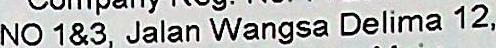
NO 1&3, JALAN WANGSA DELIMA 12,